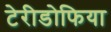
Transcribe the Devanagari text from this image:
टेरीडोफिया